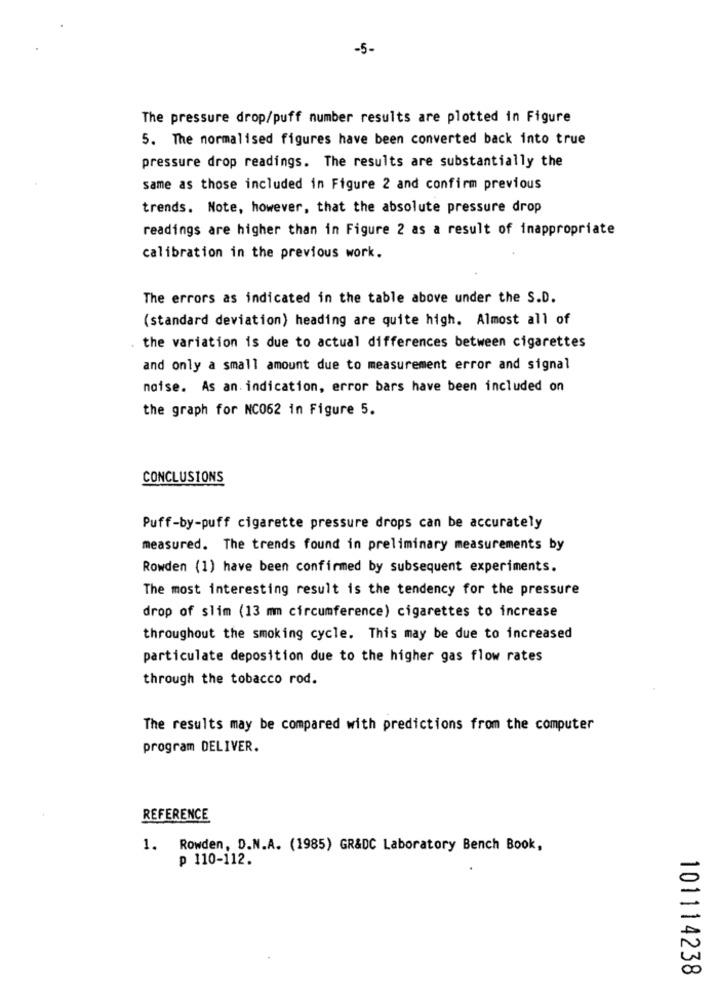
-5-
The pressure drop/puff number results are plotted in Figure
5. The normalised figures have been converted back into true
pressure drop readings. The results are substantially the
same as those included in Figure 2 and confirm previous
trends. Note, however, that the absolute pressure drop
readings are higher than in Figure 2 as a result of inappropriate
calibration in the previous work.
The errors as indicated in the table above under the S.D.
(standard deviation) heading are quite high. Almost all of
the variation is due to actual differences between cigarettes
and only a small amount due to measurement error and signal
noise. As an indication, error bars have been included on
the graph for NC062 in Figure 5.
CONCLUSIONS
Puff-by-puff cigarette pressure drops can be accurately
measured. The trends found in preliminary measurements by
Rowden (1) have been confirmed by subsequent experiments.
The most interesting result is the tendency for the pressure
drop of slim (13 mm circumference) cigarettes to increase
throughout the smoking cycle. This may be due to increased
particulate deposition due to the higher gas flow rates
through the tobacco rod.
The results may be compared with predictions from the computer
program DELIVER.
REFERENCE
1. Rowden, D.N.A. (1985) GR&DC Laboratory Bench Book,
p 110-112.
101114238